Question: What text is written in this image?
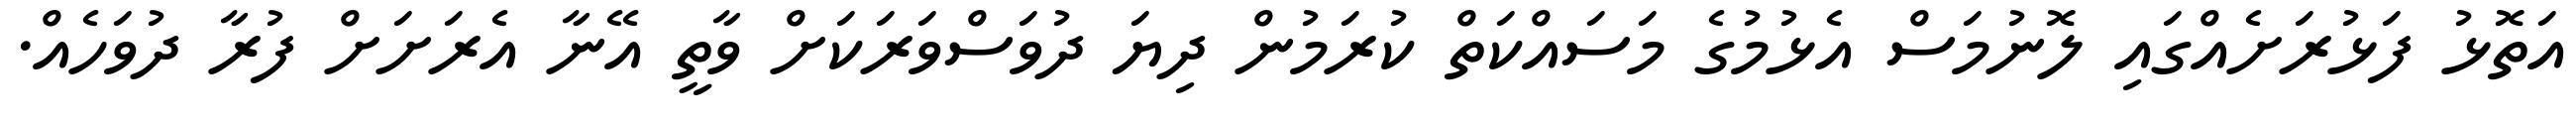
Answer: އަތޮޅު ފަޅުރަށެއްގައި ލޮނުމަސް އެޅުމުގެ މަސައްކަތް ކުރަމުން ދިޔަ ދުވަސްވަރަކަށް ވާތީ އޭނާ އެރަށަށް ފުރާ ދުވަހެއް.